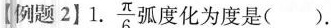
【例题2】1. \frac{π}{4}弧度化为度是( )。